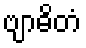
ဗျာဓိတံ